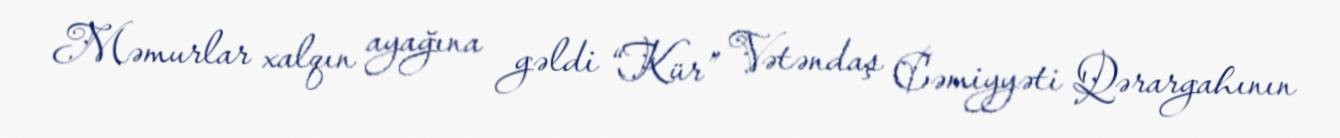
Məmurlar xalqın ayağına gəldi “Kür” Vətəndaş Cəmiyyəti Qərargahının